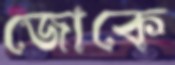
জোকে